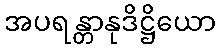
အပရန္တာနုဒိဋ္ဌိယော